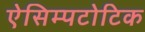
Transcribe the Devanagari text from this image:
ऐसिम्पटोटिक